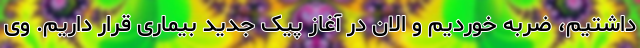
داشتیم، ضربه خوردیم و الان در آغاز پیک جدید بیماری قرار داریم. وی